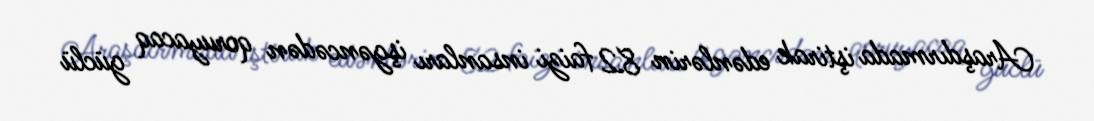
Araşdırmada iştirak edənlərin 82 faizi insanları işgəncədən qoruyacaq güclü